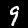
Label: 9